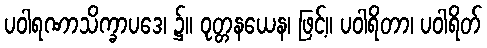
ပဝါရဏာသိက္ခာပဒေ၊ ၌။ ဝုတ္တနယေန၊ ဖြင့်။ ပဝါရိတာ၊ ပဝါရိတ်